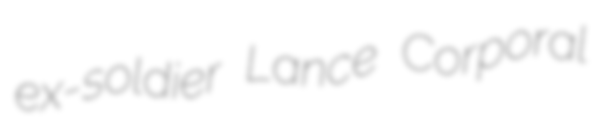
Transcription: ex-soldier Lance Corporal